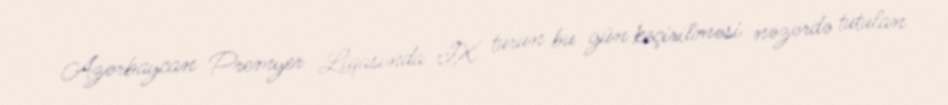
Azərbaycan Premyer Liqasında IX turun bu gün keçirilməsi nəzərdə tutulan